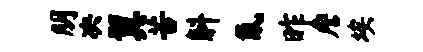
朋决翼苦斛氤昨詹埃